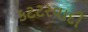
કટટરવાદી